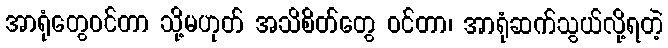
အာရုံတွေဝင်တာ သို့မဟုတ် အသိစိတ်တွေ ဝင်တာ၊ အာရုံဆက်သွယ်လို့ရတဲ့